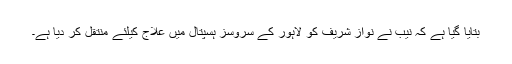
بتایا گیا ہے کہ نیب نے نواز شریف کو لاہور کے سروسز ہسپتال میں علاج کیلئے منتقل کر دیا ہے۔